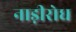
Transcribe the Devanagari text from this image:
नाड़ीरोध